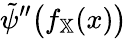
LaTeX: \tilde{\psi}^{\prime\prime}\big(f_{\mathbb{X}}(x)\big)